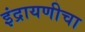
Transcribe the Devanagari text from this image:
इंद्रायणीचा